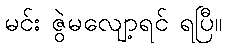
မင်း ဇွဲမလျော့ရင် ရပြီ။